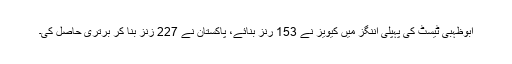
ابوظہبی ٹیسٹ کی پہپلی اننگز میں کیویز نے 153 رنز بنائے، پاکستان نے 227 زنز بنا کر برتری حاصل کی۔